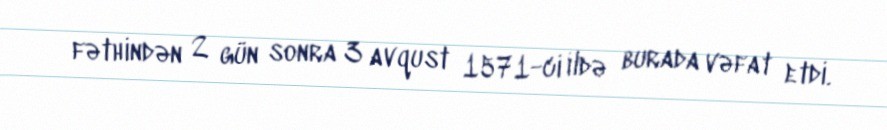
fəthindən 2 gün sonra 3 avqust 1571-ci ildə burada vəfat etdi.